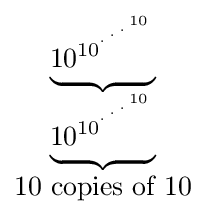
{\begin{matrix}\underbrace {10_{}^{10^{{}^{.\,^{.\,^{.\,^{10}}}}}}} \\\underbrace {10_{}^{10^{{}^{.\,^{.\,^{.\,^{10}}}}}}} \\10{\mbox{ copies of }}10\end{matrix}}